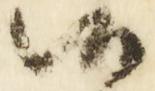
御